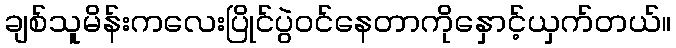
ချစ်သူမိန်းကလေးပြိုင်ပွဲဝင်နေတာကိုနှောင့်ယှက်တယ်။